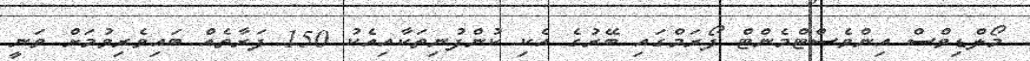
މޯލްޑިވްސް އިންވެސްޓްމެންޓް ފޯރަމްގައި ބޭރުގެ އެކި ކުންފުނިތަކާއިއެކު 150 ފަރާތެއް ބައިވެރިވުމަށް ވަނީ